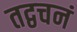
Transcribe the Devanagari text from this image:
तद्वचनं